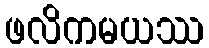
ဖလိကမယဿ